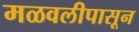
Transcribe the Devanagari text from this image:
मळवलीपासून